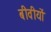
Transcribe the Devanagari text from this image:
बीवीयों